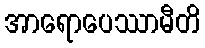
အာရောပေဿာမီတိ